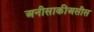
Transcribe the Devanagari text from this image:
अनीसाकीअसीस